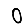
Digit: 0